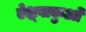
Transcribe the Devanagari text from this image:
ऐक्ष्वाकुओं